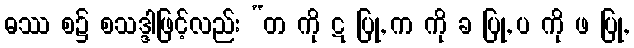
ဓဿ စ၌ စသဒ္ဒါဖြင့်လည်း “တ ကို ဋ ပြု, က ကို ခ ပြု, ပ ကို ဖ ပြု,